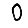
Digit: 0